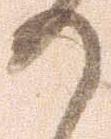
か